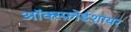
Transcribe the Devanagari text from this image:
ऑक्स्फ़ोर्डशायर